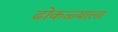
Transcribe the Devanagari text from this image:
ढोकळ्याला